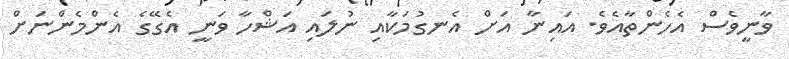
ވާނީވެސް އެހެންތާއެވެ. އައިނާ އަށް އެނގުމަކާއި ނުލައި އަޝްހާ ވަނީ އެގޭގެ އެންމެންނަށް